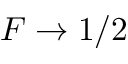
F \to 1 / 2